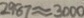
2 9 8 7 \approx 3 0 0 0